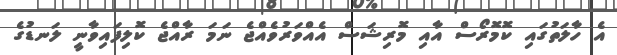
އެ ހާލަތުގައި ކޮމޮރޯސް އާއި މޮރިޝަސް އެއްވަރުވެއްޖެ ނަމަ ރާއްޖެ ކޮލިފައިވާނީ ލަނޑުގެ